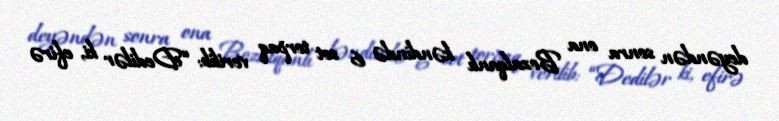
deyəndən sonra ona Bozalqanlı kəndində 6 sot torpaq verilib: “Dedilər ki, efirə